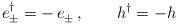
LaTeX: \begin{align*}e_{\pm}^\dag = - \,e_{\pm}^{}\,,\qquad h^{\dag}_{}=-h\end{align*}